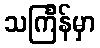
သင်္ကြန်မှာ